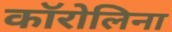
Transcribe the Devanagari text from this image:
काॅरोलिना